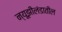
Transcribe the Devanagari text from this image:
न्यूझीलंडातील